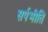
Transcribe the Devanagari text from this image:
सर्पभीति